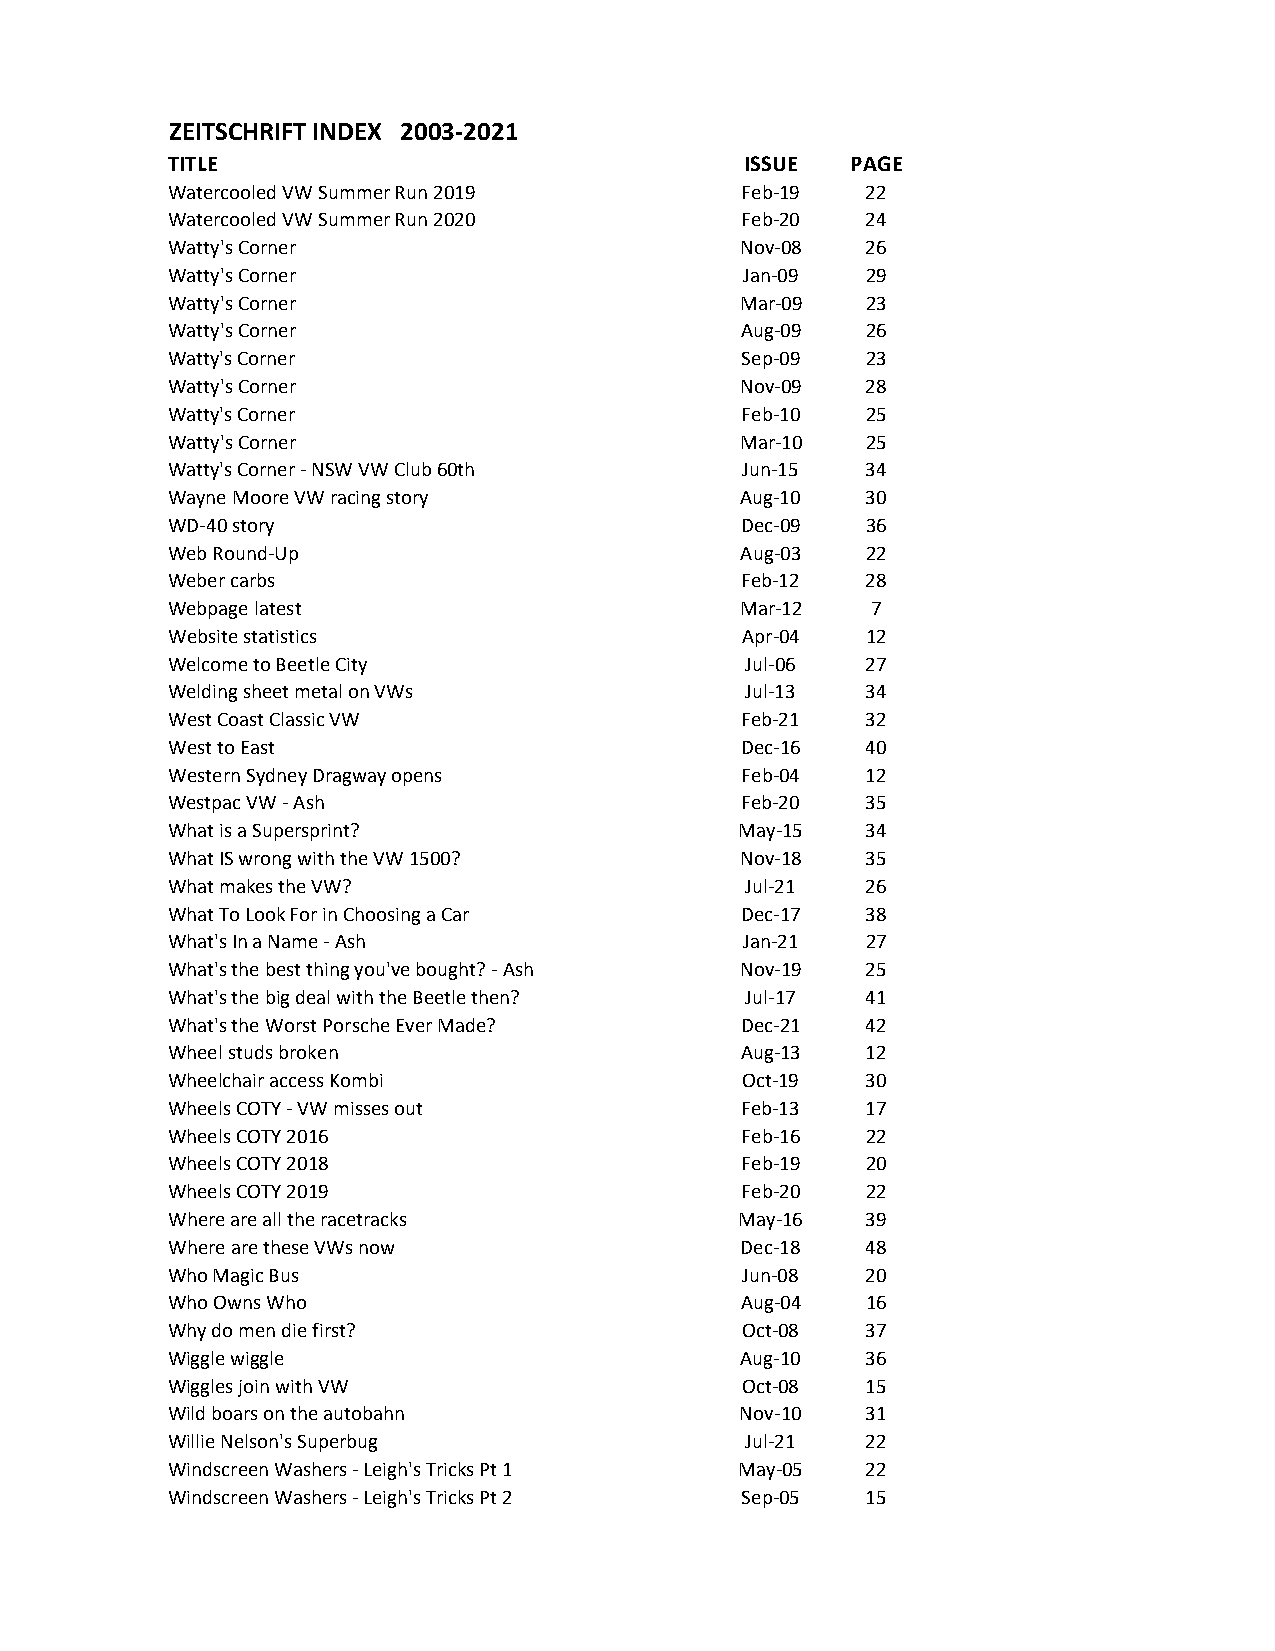
ZEITSCHRIFT INDEX 2003-2021
 TITLE                                 ISSUE  PAGE
 Watercooled VW Summer Run 2019        Feb-19  22
 Watercooled VW Summer Run 2020        Feb-20  24
 Watty's Corner                        Nov-08  26
 Watty's Corner                        Jan-09  29
 Watty's Corner                        Mar-09  23
 Watty's Corner                        Aug-09  26
 Watty's Corner                        Sep-09  23
 Watty's Corner                        Nov-09  28
 Watty's Corner                        Feb-10  25
 Watty's Corner                        Mar-10  25
 Watty's Corner - NSW VW Club 60th     Jun-15  34
 Wayne Moore VW racing story           Aug-10  30
 WD-40 story                           Dec-09  36
 Web Round-Up                          Aug-03  22
 Weber carbs                           Feb-12  28
 Webpage latest                        Mar-12   7
 Website statistics                    Apr-04  12
 Welcome to Beetle City                Jul-06  27
 Welding sheet metal on VWs            Jul-13  34
 West Coast Classic VW                 Feb-21  32
 West to East                          Dec-16  40
 Western Sydney Dragway opens          Feb-04  12
 Westpac VW - Ash                      Feb-20  35
 What is a Supersprint?                May-15  34
 What IS wrong with the VW 1500?       Nov-18  35
 What makes the VW?                    Jul-21  26
 What To Look For in Choosing a Car    Dec-17  38
 What's In a Name - Ash                Jan-21  27
 What's the best thing you've bought? - Ash Nov-19 25
 What's the big deal with the Beetle then? Jul-17 41
 What's the Worst Porsche Ever Made?   Dec-21  42
 Wheel studs broken                    Aug-13  12
 Wheelchair access Kombi               Oct-19  30
 Wheels COTY - VW misses out           Feb-13  17
 Wheels COTY 2016                      Feb-16  22
 Wheels COTY 2018                      Feb-19  20
 Wheels COTY 2019                      Feb-20  22
 Where are all the racetracks          May-16  39
 Where are these VWs now               Dec-18  48
 Who Magic Bus                         Jun-08  20
 Who Owns Who                          Aug-04  16
 Why do men die first?                 Oct-08  37
 Wiggle wiggle                         Aug-10  36
 Wiggles join with VW                  Oct-08  15
 Wild boars on the autobahn            Nov-10  31
 Willie Nelson's Superbug              Jul-21  22
 Windscreen Washers - Leigh's Tricks Pt 1 May-05 22
 Windscreen Washers - Leigh's Tricks Pt 2 Sep-05 15